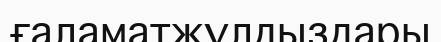
ғаламатжұлдыздары